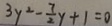
3 y ^ { 2 } - \frac { 7 } { 2 } y + 1 = 0